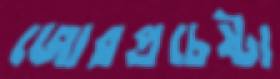
জোরপ্রচেষ্টা